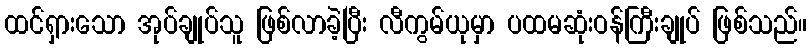
ထင်ရှားသော အုပ်ချုပ်သူ ဖြစ်လာခဲ့ပြီး လီကွမ်ယုမှာ ပထမဆုံးဝန်ကြီးချုပ် ဖြစ်သည်။